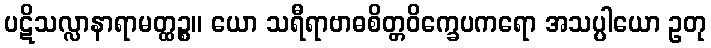
ပဋိသလ္လာနာရာမတ္ထဉ္စ။ ယော သရီရာဗာဓစိတ္တဝိက္ခေပကရော အသပ္ပါယော ဥတု